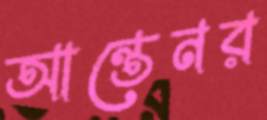
আন্তেনর